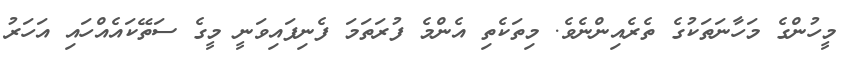
މީހުންގެ މަހާނަތަކުގެ ތެރެއިންނެވެ. މިތަކެތި އެންމެ ފުރަތަމަ ފެނިފައިވަނީ މީގެ ސަތޭކައެއްހައި އަހަރު